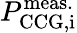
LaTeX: P_{\mathrm{CCG,i}}^{\mathrm{meas.}}